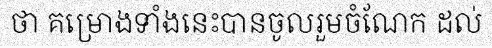
ថា គម្រោងទាំងនេះបានចូលរួមចំណែក ដល់